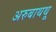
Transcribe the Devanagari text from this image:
अरुबाथथू